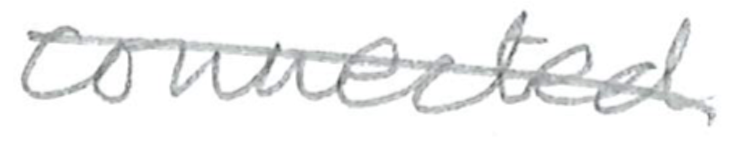
Text: connected
Cross-out: diagonal
Writing tool: pencil